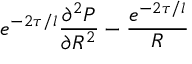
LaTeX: e ^ { - 2 \tau / l } \frac { \partial ^ { 2 } P } { \partial R ^ { 2 } } - \frac { e ^ { - 2 \tau / l } } { R }